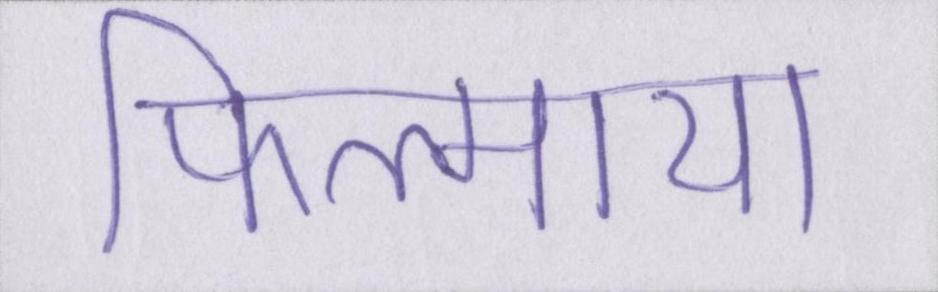
फिल्माया